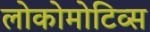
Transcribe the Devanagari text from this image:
लोकोमोटिव्स